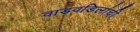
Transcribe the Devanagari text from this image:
वाडवडिलांची